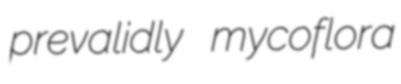
prevalidly mycoflora